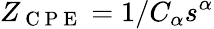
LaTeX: Z_{\mathrm{~C~P~E~}}={1}/{C_{\alpha}s^{\alpha}}